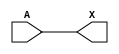
/*
 * Copyright 2020 The SkyWater PDK Authors
 *
 * Licensed under the Apache License, Version 2.0 (the "License");
 * you may not use this file except in compliance with the License.
 * You may obtain a copy of the License at
 *
 *     https://www.apache.org/licenses/LICENSE-2.0
 *
 * Unless required by applicable law or agreed to in writing, software
 * distributed under the License is distributed on an "AS IS" BASIS,
 * WITHOUT WARRANTIES OR CONDITIONS OF ANY KIND, either express or implied.
 * See the License for the specific language governing permissions and
 * limitations under the License.
 *
 * SPDX-License-Identifier: Apache-2.0
*/


`ifndef SKY130_FD_SC_HVL__LSBUFHV2LV_SIMPLE_FUNCTIONAL_V
`define SKY130_FD_SC_HVL__LSBUFHV2LV_SIMPLE_FUNCTIONAL_V

/**
 * lsbufhv2lv_simple: Level shifting buffer, High Voltage to Low
 *                    Voltage, simple (hv devices in inverters on lv
 *                    power rail).
 *
 * Verilog simulation functional model.
 */

`timescale 1ns / 1ps
`default_nettype none

`celldefine
module sky130_fd_sc_hvl__lsbufhv2lv_simple (
    X,
    A
);

    // Module ports
    output X;
    input  A;

    //  Name  Output  Other arguments
    buf buf0 (X     , A              );

endmodule
`endcelldefine

`default_nettype wire
`endif  // SKY130_FD_SC_HVL__LSBUFHV2LV_SIMPLE_FUNCTIONAL_V